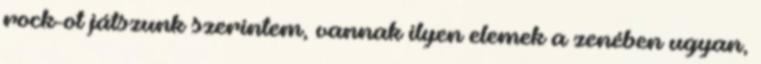
rock-ot játszunk szerintem, vannak ilyen elemek a zenében ugyan,